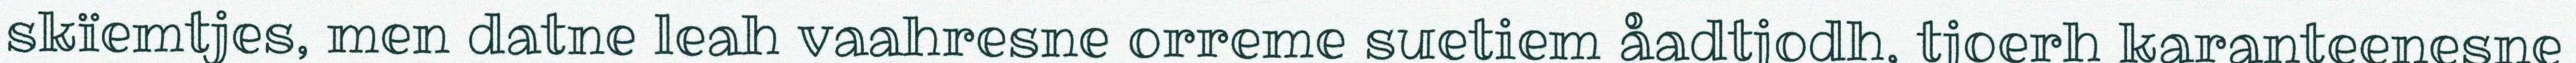
skïemtjes, men datne leah vaahresne orreme suetiem åadtjodh, tjoerh karanteenesne